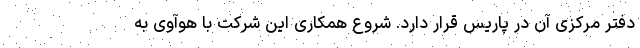
دفتر مرکزی آن در پاریس قرار دارد. شروع همکاری این شرکت با هوآوی به